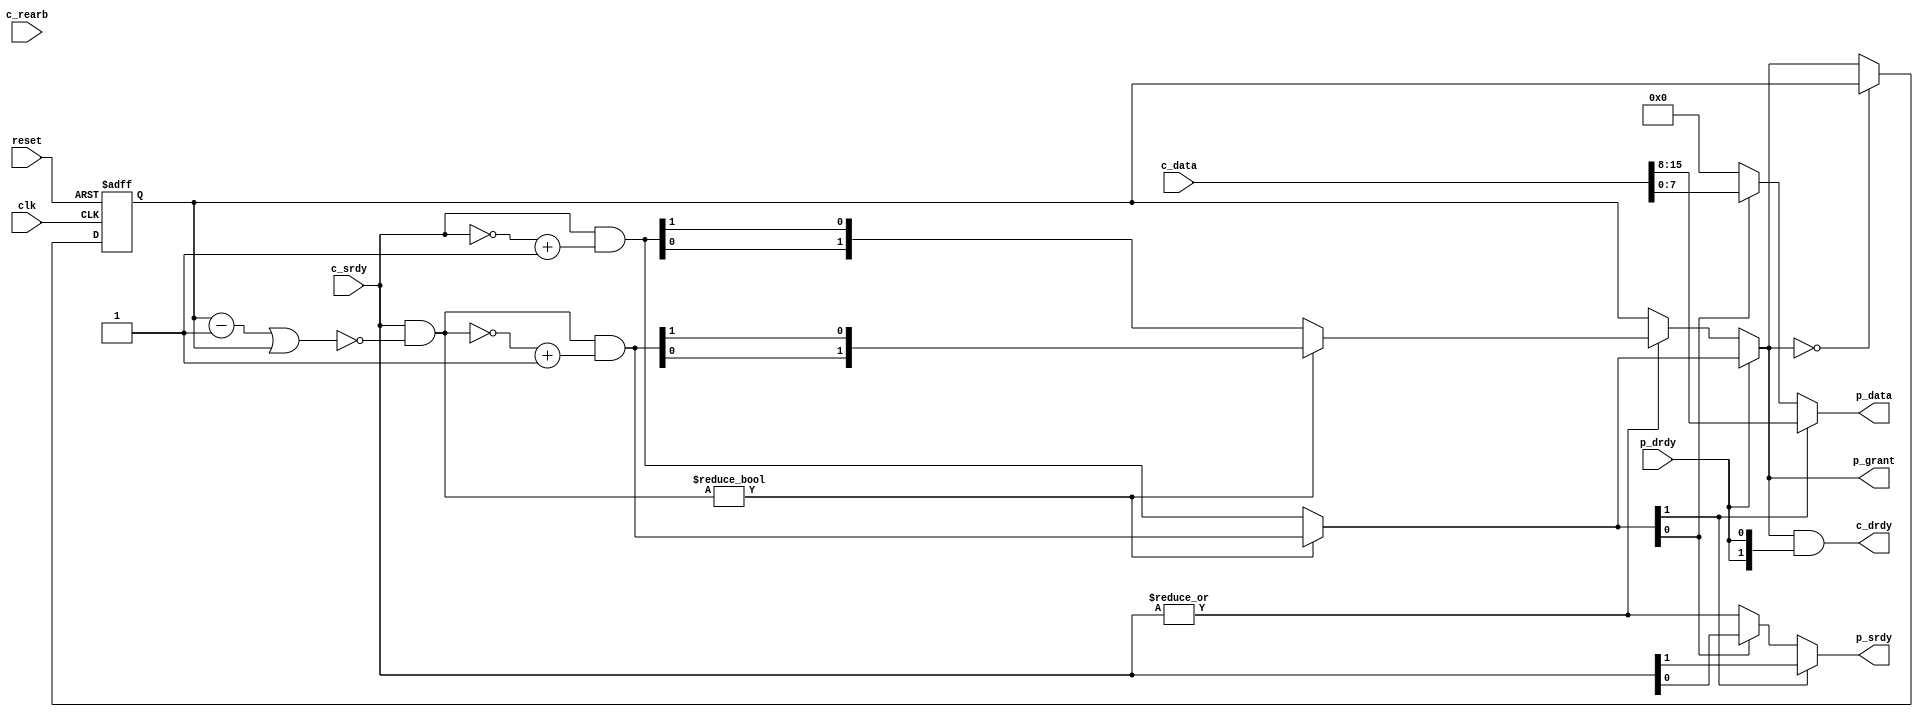
//----------------------------------------------------------------------
// Srdy/drdy round-robin arbiter
// but without the one cycle decision delay.
//
// This component supports multiple round-robin modes:
//
// Mode 0 : Each input gets a single cycle, regardless of data
//          availability.  This mode functions like a TDM
//          demultiplexer.  Output flow control will cause the
//          component to stall, so that inputs do not miss their
//          turn due to flow control.
// Mode 0 fast arb : Each input gets a single grant. If the
//          output is not ready (p_drdy deasserted), then the
//          machine will hold on that particular input until it
//          receives a grant.  Once a single token has been
//          accepted the machine will round-robin arbitrate.
//          When there are no requests the machine returns to
//          its default state.
// Mode 1 : Each input can transmit for as long as it has data.
//          When input deasserts, device will begin to hunt for a
//          new input with data.
// Mode 2 : Continue to accept input until the incoming data
//          matches a particular "end pattern".  The end pattern
//          is provided on the c_rearb (re-arbitrate) input.  When
//          c_rearb is high, will hunt for new inputs on next clock.
//
// This component also supports two arbitration modes: slow and fast.
// slow rotates the grant from requestor to requestor cycle by cycle,
// so each requestor gets serviced at most once every #inputs cycles.
// This can be useful for producing a TDM-type interface, however
// requestors may be delayed waiting for the grant to come around even
// if there are no other requestors.
//
// Fast mode immediately grants the highest-priority requestor, however
// it is drdy-noncompliant (drdy will not be asserted until srdy is
// asserted).
//
// Naming convention: c = consumer, p = producer, i = internal interface
//----------------------------------------------------------------------
//
// This block is uncopyrighted and released into the public domain.
//----------------------------------------------------------------------
`ifndef _SD_RRMUX_V_
`define _SD_RRMUX_V_
// Clocking statement for synchronous blocks.  Default is for
// posedge clocking and positive async reset
`ifndef SDLIB_CLOCKING 
 `define SDLIB_CLOCKING posedge clk or posedge reset
`endif

// delay unit for nonblocking assigns, default is to #1 
`ifndef SDLIB_DELAY 
 `define SDLIB_DELAY #1  
`endif

module sd_rrmux
  #(parameter width=8,
    parameter inputs=2,
    parameter mode=0,
    parameter fast_arb=1)
  (
   input               clk,
   input               reset,
  
   input [(width*inputs)-1:0] c_data,
   input [inputs-1:0]      c_srdy,
   output  [inputs-1:0]    c_drdy,
   input                   c_rearb,  // for use with mode 2 only

   output reg [width-1:0]  p_data,
   output [inputs-1:0]     p_grant,
   output reg              p_srdy,
   input                   p_drdy
   );
  // bmp for the c_srdy that has just been granted and accepted by p_drdy
  reg [inputs-1:0]    just_granted;
  //control path, transit only after p_drdy ("accepted" part).
  reg [inputs-1:0]    to_be_granted; 
  //for data path, regardless of p_drdy, help to remove combo loops
  //rational being, when p_drdy==1'b0, it doesn't matter what p_data is.
  reg [inputs-1:0]    to_tx_data; 

  wire [width-1:0]     rr_mux_grid [0:inputs-1];
  reg 		       rr_locked;
  reg nxt_rr_locked;   // ri lint_check_waive NOT_DRIVEN
  genvar               i;
  integer              j;

  assign c_drdy = to_be_granted & {inputs{p_drdy}};
  assign p_grant = to_be_granted;

  function [inputs-1:0] nxt_grant;
    input [inputs-1:0] cur_grant;
    input [inputs-1:0] cur_req;
    input              cur_accept;
    reg [inputs-1:0]   msk_req;
    reg [inputs-1:0]   tmp_grant;
    reg [inputs-1:0]   tmp_grant2;

    begin
// scenario: 
// in cycle 0, src 1 is granted and accepted by p_drdy,
// in cycle 1, src 3 is requesting, but p_drdy is 0, so c_data3 is presented at p_data with p_srdy
// in cycle 2, if src 2 comes in requesting, should hold src 3 at p_data till p_drdy, 
//             src 2 will only participate in next round arb.
// the way is in this scenario, pretend src2 is the just_granted in cycle 1.
// so arbitration is excercies in two cases: (1): p_drdy, 
// or (2) p_not_drdy, the immediate next c_not_srdy, but at least one remote c_srdy
      
      msk_req = cur_req & ~((cur_grant - 1) | cur_grant);
      tmp_grant = msk_req & (~msk_req + 1);
      tmp_grant2 = cur_req & (~cur_req + 1);

      if(cur_accept)begin
          if (msk_req != 0) nxt_grant = tmp_grant;
          else nxt_grant = tmp_grant2;
      //end else if (rem_neighbor_rearb) begin
      end else if (| cur_req) begin
          if (msk_req != 0) nxt_grant = {tmp_grant[0],tmp_grant[inputs-1:1]};
          else nxt_grant = {tmp_grant2[0],tmp_grant2[inputs-1:1]};
      end else begin
          nxt_grant = cur_grant;
      end
    end
  endfunction
  
  generate
    for (i=0; i<inputs; i=i+1)
      begin : grid_assign
        //assign rr_mux_grid[i] = c_data >> (i*width);
        assign rr_mux_grid[i] = c_data[i*width+width-1 : i*width]; 
      end

    if (mode == 2)
      begin : tp_gen
        always @*
          begin
            nxt_rr_locked = rr_locked;

            if ((c_srdy & just_granted) & (!rr_locked))
              nxt_rr_locked = 1;
            else if ((c_srdy & just_granted & c_rearb))
              nxt_rr_locked = 0;
          end

        always @(`SDLIB_CLOCKING)
          begin
            if (reset)
              rr_locked <= 0;
            else
              rr_locked <= nxt_rr_locked;
          end
      end // block: tp_gen
  endgenerate

//  always @*
//    begin
//      p_data = 0;
//      p_srdy = 0;
//      for (j=0; j<inputs; j=j+1)
//        if (just_granted[j])
//          begin
//            p_data = rr_mux_grid[j];
//            p_srdy = c_srdy[j];
//          end
//    end
always @(*) begin
    p_srdy = | c_srdy;

    p_data = {width{1'b0}};
    for (j=0; j<inputs; j=j+1) begin
        if (to_tx_data[j]) begin
            p_data = rr_mux_grid[j];
            p_srdy = c_srdy[j];
        end
    end
end
  
  always @*
    begin
      to_tx_data = just_granted;
      to_be_granted = just_granted;
      if ((mode ==  1) & (|(c_srdy & just_granted)))
        to_be_granted = just_granted;
      else if ((mode == 0) && !fast_arb)begin
        to_be_granted=p_drdy?{just_granted[0],just_granted[inputs-1:1]}:just_granted;
        to_tx_data={just_granted[0],just_granted[inputs-1:1]};
      end
      //else if ((mode == 0) && |(just_granted & c_srdy) && !p_drdy && fast_arb)
      //  to_be_granted = just_granted;
      else if ((mode == 2) & (nxt_rr_locked | (|(c_srdy & just_granted))))
        to_be_granted = just_granted;
      else if (fast_arb) begin
        to_be_granted=nxt_grant (just_granted, c_srdy, p_drdy);
        to_tx_data = nxt_grant(just_granted, c_srdy, 1'b1);
      end
      else begin
        to_be_granted=p_drdy?{just_granted[0],just_granted[inputs-1:1]}:just_granted;
        to_tx_data={just_granted[0],just_granted[inputs-1:1]};
      end
    end

  always @(`SDLIB_CLOCKING)
    begin
      if (reset)
        just_granted <= {1'b1,{inputs-1{1'b0}}};
      else
        if (to_be_granted==0)
            just_granted <= just_granted;
        else
            just_granted <= to_be_granted;
    end

endmodule 
`endif //  _SD_RRMUX_V_